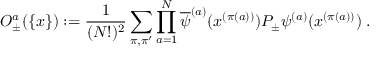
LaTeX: { \cal O } _ { \pm } ^ { a } ( \{ x \} ) : = \frac { 1 } { ( N ! ) ^ { 2 } } \sum _ { \pi , \pi ^ { \prime } } \prod _ { a = 1 } ^ { N } \overline { { { \psi } } } ^ { ( a ) } ( x ^ { ( \pi ( a ) ) } ) P _ { \pm } \psi ^ { ( a ) } ( x ^ { ( \pi ( a ) ) } ) \; .